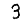
Digit: 3